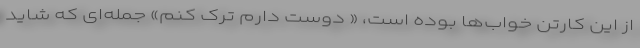
از این کارتن‌ خواب‌ها بوده است، « دوست دارم ترک کنم» جمله‌ای که شاید